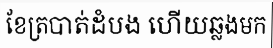
ខែត្របាត់ដំបង ហើយឆ្លងមក